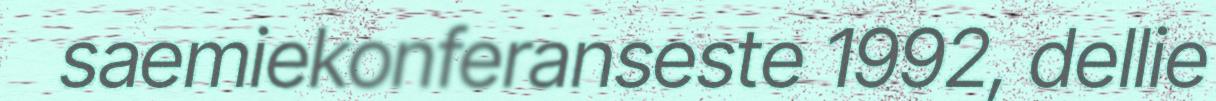
saemiekonferanseste 1992, dellie